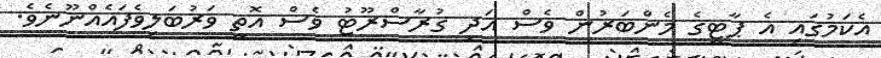
އެކަމުގައި އެ ޕާޓީގެ މެންބަރުން ވެސް އަދި ގުރާސްރޫޓު ވެސް އޮތީ ވަރުބަލިވެފައެއްނޫނެވެ.